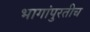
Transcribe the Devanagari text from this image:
भागांपुरतीच